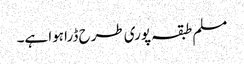
مسلم طبقہ پوری طرح ڈرا ہوا ہے۔